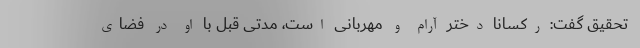
تحقیق گفت: رکسانا دختر آرام و مهربانی است، مدتی قبل با او در فضای